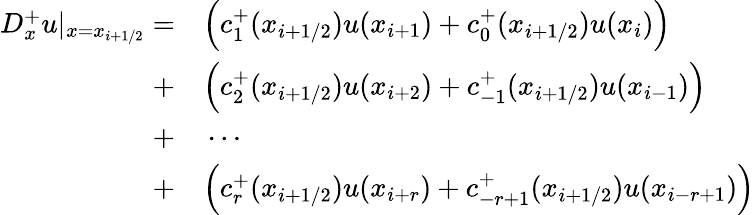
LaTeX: \begin{array}{rl}{D_{x}^{+}u|_{x=x_{i+1/2}}=}&{{}\Big(c_{1}^{+}(x_{i+1/2})u(x_{i+1})+c_{0}^{+}(x_{i+1/2})u(x_{i})\Big)}\\ {+}&{{}\Big(c_{2}^{+}(x_{i+1/2})u(x_{i+2})+c_{-1}^{+}(x_{i+1/2})u(x_{i-1})\Big)}\\ {+}&{{}\cdots}\\ {+}&{{}\Big(c_{r}^{+}(x_{i+1/2})u(x_{i+r})+c_{-r+1}^{+}(x_{i+1/2})u(x_{i-r+1})\Big)}\end{array}